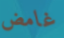
غامض